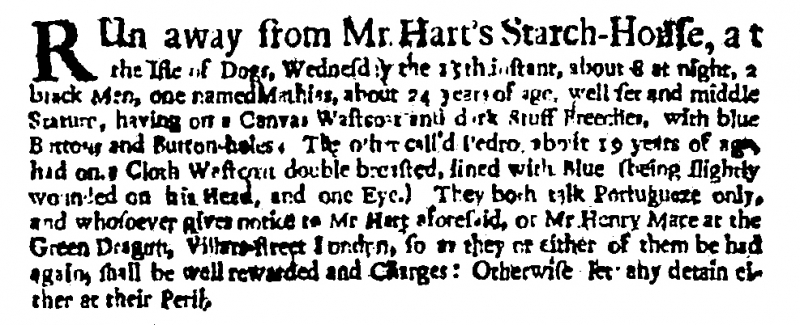
Post Man and the Historical Account, 18 August 1705 (England)
RUn away from Mr. Hart’s Starch-House, at the Isle of Dogs, Wednesday the 15th instant, about 8 at night, 2 black Men, one named Mathias, about 24 years of age, well set and middle Stature, having on a Canvas Wastcoat and dark Stuff Breeches, with blue Buttons and Button-holes. The other call’d Pedro, about 19 years of age, had on a Cloth Wastcoat double breasted, lined with blue (being slightly wounded on his Head, and one Eye.) They both talk Portugueze only, and whosoever gives notice to Mr Hart aforesaid, or Mr Henry Mace at the Green Dragon, Villars-street London, so as they or either of them be had again, shall be well rewarded and Charges: Otherwise let any detain either at their Peril.